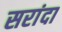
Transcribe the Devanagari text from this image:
सरांदा